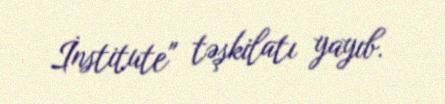
İnstitute" təşkilatı yayıb.